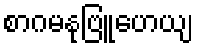
စာဂမနုဗြူဟေယျ